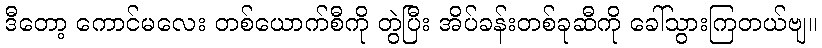
ဒီတော့ ကောင်မလေး တစ်ယောက်စီကို တွဲပြီး အိပ်ခန်းတစ်ခုဆီကို ခေါ်သွားကြတယ်ဗျ။